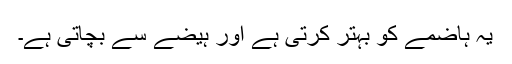
یہ ہاضمے کو بہتر کرتی ہے اور ہیضے سے بچاتی ہے۔